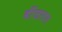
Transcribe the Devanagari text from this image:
बींजाराम